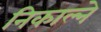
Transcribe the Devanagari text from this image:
निकाल्ने